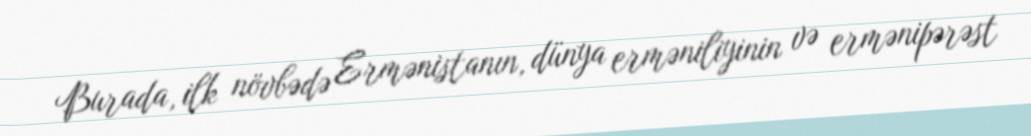
Burada, ilk növbədə Ermənistanın, dünya erməniliyinin və ermənipərəst